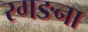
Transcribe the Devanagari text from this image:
रगङना